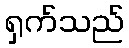
ရှက်သည်